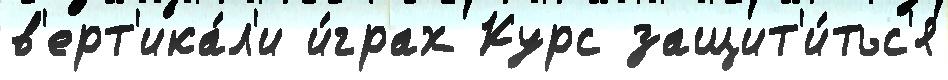
в'ерт'ика́л'и и́грах Курс защит'и́тьс'я